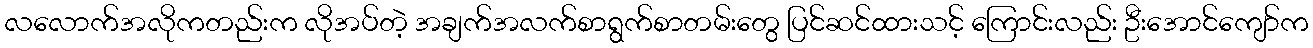
လလောက်အလိုကတည်းက လိုအပ်တဲ့ အချက်အလက်စာရွက်စာတမ်းတွေ ပြင်ဆင်ထားသင့် ကြောင်းလည်း ဦးအောင်ကျော်က